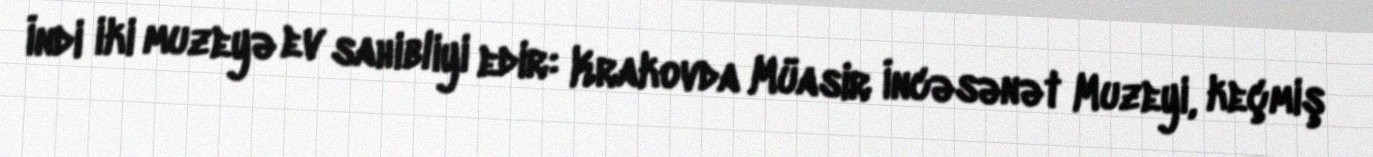
İndi iki muzeyə ev sahibliyi edir: Krakovda Müasir İncəsənət Muzeyi, keçmiş